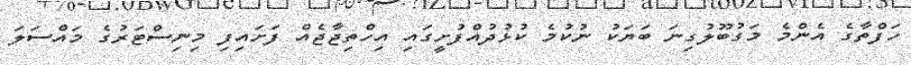
ހަފްތާގެ އެންމެ މަގުބޫލުގިނަ ބަޔަކު ނުކުމެ ކުޅުދުއްފުށީގައި އިހްތިޖާޖެއް ފަށައިފި މިނިސްޓަރުގެ މައްސަލަ